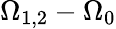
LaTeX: \Omega_{1,2}-\Omega_{0}